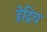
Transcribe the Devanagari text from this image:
हेद्रिच